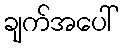
ချက်အပေါ်